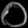
Digit: ၀